65_HS1-834228961_62-HQ-83894_Section_4
Agency: FBI
Page 138
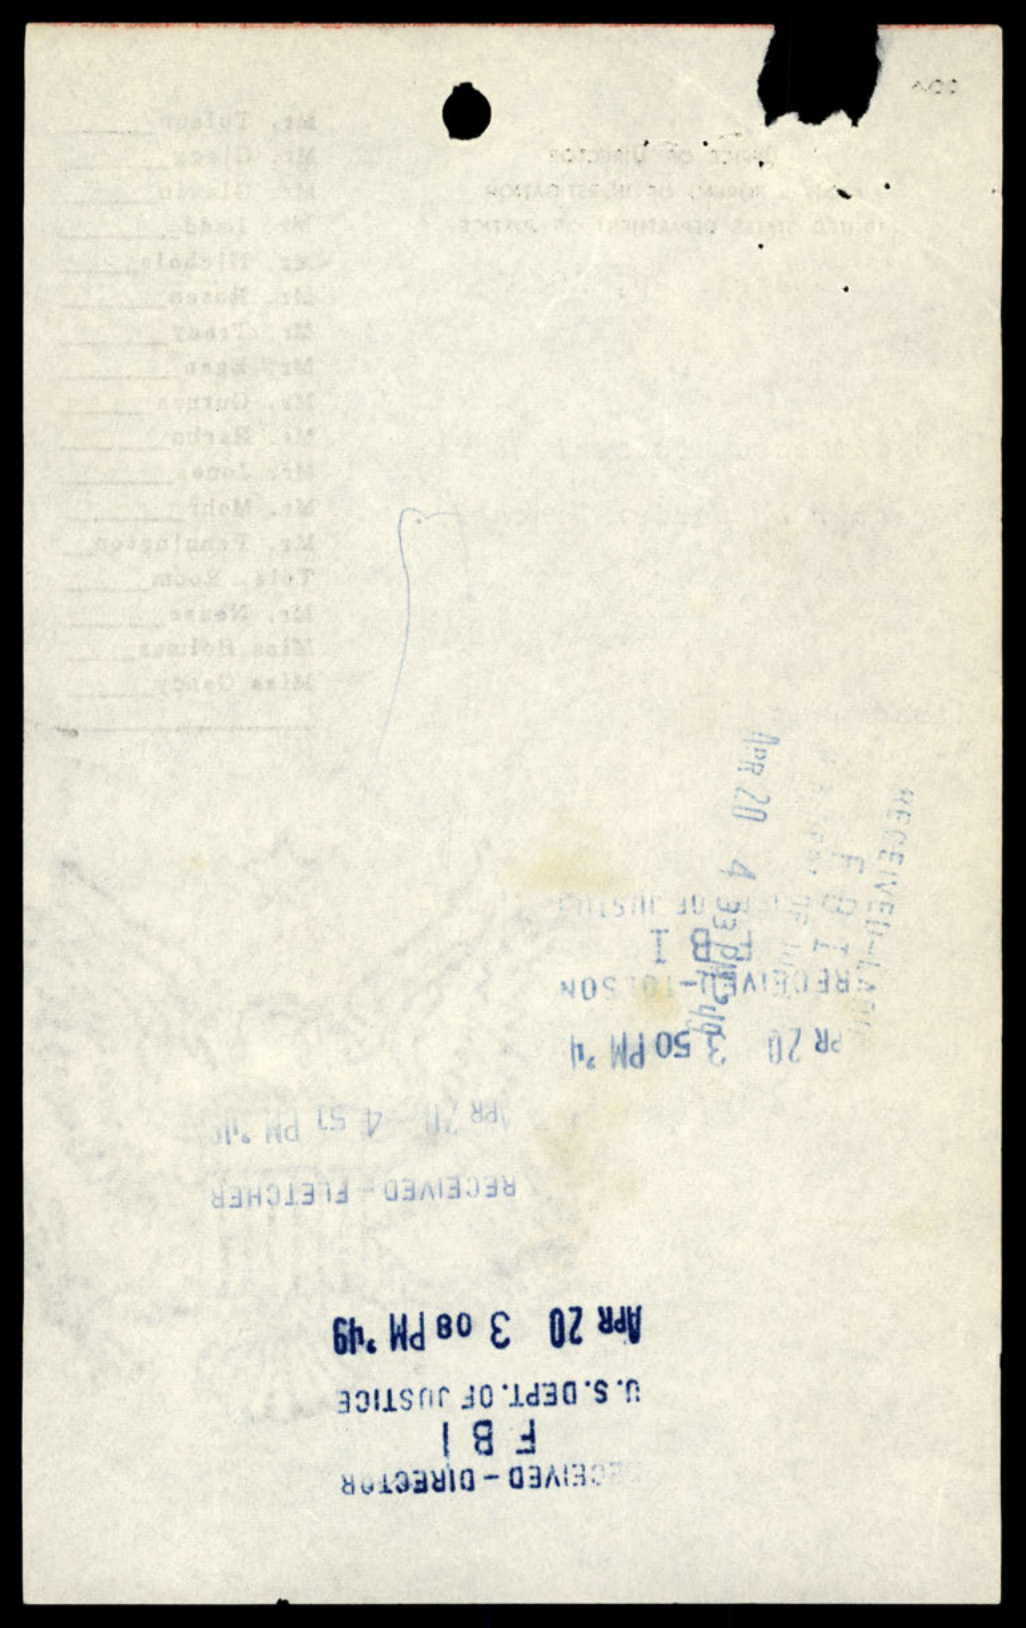